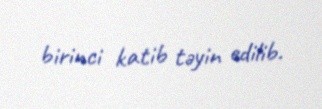
birinci katib təyin edilib.